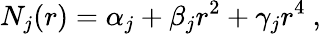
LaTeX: N_{j}(r)=\alpha_{j}+\beta_{j}r^{2}+\gamma_{j}r^{4}\ ,